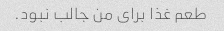
طعم غذا برای من جالب نبود.